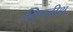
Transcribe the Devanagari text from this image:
विपरीथ